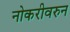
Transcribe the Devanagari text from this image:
नोकरीवरुन